Reports on military cantonments and civil stations in the Presidency of Bombay inspected by the Sanitary Commissioner in the years 1875 and 1876
Year: 1875
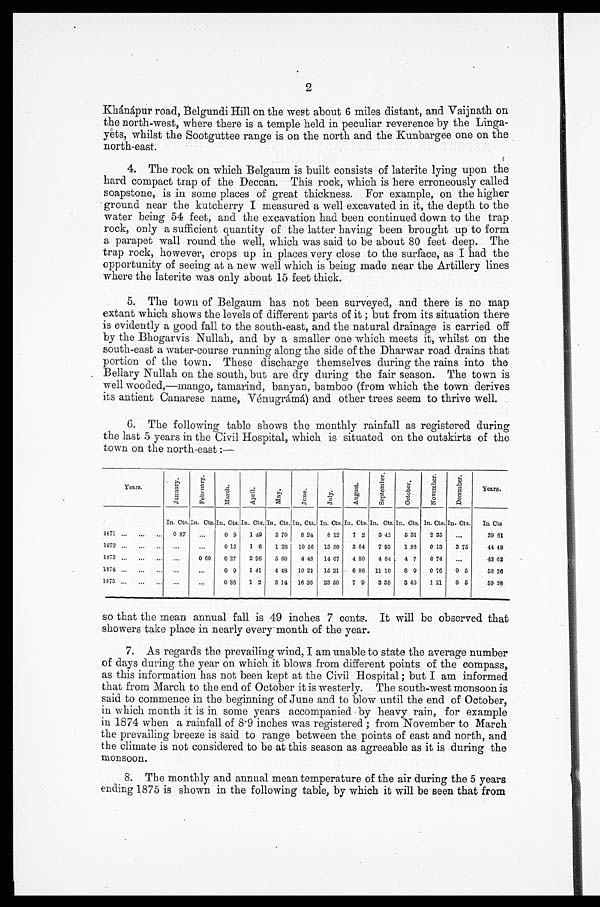
2
Khánápur road, Belgundi Hill on the west about 6 miles distant, and Vaijnath on
the north-west, where there is a temple held in peculiar reverence by the Linga--
yets, whilst the Sootguttee range is on the north and the Kunbargee one on the
north-east.
4. The rock on which Belgaum is built consists of laterite lying upon the
hard compact trap of the Deccan. This rock, which is here erroneously called
soapstone, is in some places of great thickness. For example, on the higher
ground near the kutcherry I measured a well excavated in it, the depth to the
water being 54 feet, and the excavation had been continued down to the trap
rock, only a sufficient quantity of the latter having been brought up to form
a parapet wall round the well, which was said to be about 80 feet deep. The
trap rock, however, crops up in places very close to the surface, as I had the
opportunity of seeing at a new well which is being made near the Artillery lines
where the laterite was only about 15 feet thick.
5. The town of Belgaum has not been surveyed, and there is no map
extant which shows the levels of different parts of it; but from its situation there
is evidently a good fall to the south-east, and the natural drainage is carried off
by the Bhogarvis Nullah, and by a smaller one which meets it, whilst on the
south-east a water-course running along the side of the Dharwar road drains that
portion of the town. These discharge themselves during the rains into the
Bellary Nullah on the south, but are dry during the fair season. The town is
well wooded,—mango, tamarind, banyan, bamboo (from which the town derives
its antient Canarese name, Vénugráma) and other trees seem to thrive well.
6. The following table shows the monthly rainfall as registered during
the last 5 years in the Civil Hospital, which is situated on the outskirts of the
town on the north-east:—
Years.
J a n u a r y .
F e b r u a r y .
M a r c h .
A p r i l .
M a y .
J u n e . J u l y .
A u g u s t .
S e p t e m b e r .
O c t o b e r .
N o v e m b e r .
D e c e m b e r .
Years.
In. Cts. In. Cts. In. Cts. In. Cts. In. Cts. In. Cts. In. Cts. In. Cts. In. Cts. In. Cts. In. Cts. In. Cts. In Ct s .
1871 . . .
0 87
. . . 0 9
1 49
2 70
8 24
8 12
7 2
3 42
5 31
2 35
. . .
39 61
1872 . . .
. . .
. . . 0 15
1 6
1 28 10 56 13 80
3 84
7 93
1 98
0 13
3 75
44 48
1873 . . .
. . .
0 60 0 2 7
2 9 6
5 6 0
4 4 8 14 67
4 8 0 4 84 4 7
0 7 4
. . .
4 3 0 3
1874 . . .
. . .
. . . 0 9
1 41
4 48 10 21 15 21
6 86 11 10
8 9
0 76
0 5
58 26
1875 . . .
. . .
. . . 0 86
1 2
3 14 16 36 23 50
7 9
3 35
3 40
1 21
0 5
59 98
so that the mean annual fall is 49 inches 7 cents. It will be observed that
showers take place in nearly every month of the year.
7. As regards the prevailing wind, I am unable to state the average number
of days during the year on which it blows from different points of the compass,
as this information has not been kept at the Civil Hospital; but I am informed
that from March to the end of October it is westerly. The south-west monsoon is
said to commence in the beginning of June and to blow until the end of October,
in which month it is in some years accompanied by heavy rain, for example
in 1874 when a rainfall of 8.9 inches was registered; from November to March
the prevailing breeze is said to range between the points of east and north, and
the climate is not considered to be at this season as agreeable as it is during the
monsoon.
8. The monthly and annual mean temperature of the air during the 5 years
ending 1875 is shown in the following table, by which it will be seen that from